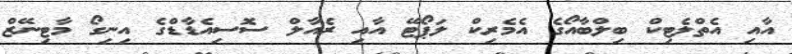
އާއި އެތްލެޓިކް ބިލްބާއޯގެ އެމެރިކް ލަޕޯޓޭ އާއި ރެއާލް ސޮސިއެޑާޑްގެ އިނިގޯ މާޓިނޭޒް